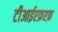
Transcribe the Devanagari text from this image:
टीआईएफ़एफ़